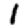
Digit: 1